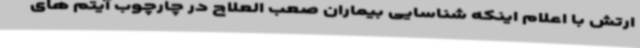
ارتش با اعلام اینکه شناسایی بیماران صعب العلاج در چارچوب آیتم های